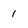
Character: 1